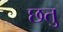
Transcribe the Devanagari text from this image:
छतु